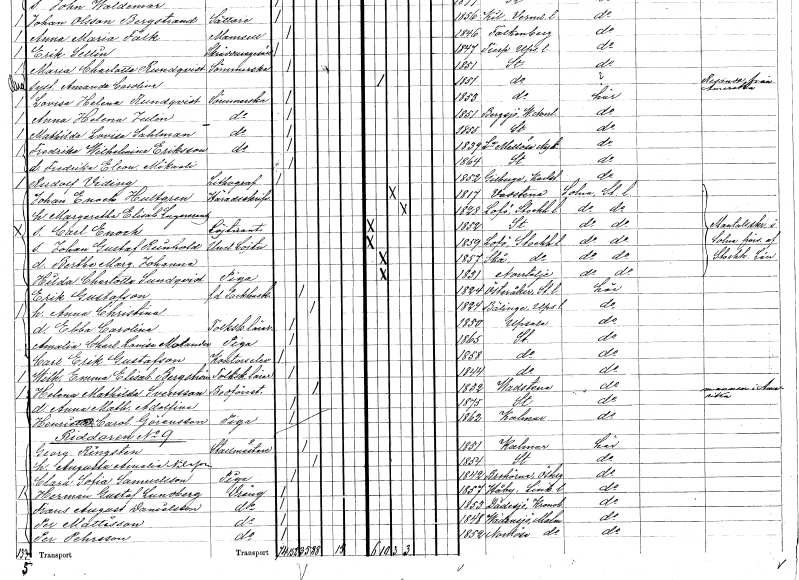
gt_parse: households: individuals: FN: Margaretha Elisabet
EN: Lagercrantz
KON: K
CIV: G
FODAR: 1828
FODFORS: Lovö Stockholms län
FN: Carl Enoch
YRKE: Löjtnant
KON: M
CIV: O
FODAR: 1852
FODFORS: Stockholm
FN: Johan Gustaf Reinhold
YRKE: Underlöjtnant
KON: M
CIV: O
FODAR: 1859
FODFORS: Lovö Stockholms län
FN: Bertha Margareta Johanna
KON: K
CIV: O
FODAR: 1857
FODFORS: Skå Stockholms län
FN: Hilda Charlotta
EN: Sundqvist
YRKE: Piga
KON: K
CIV: O
FODAR: 1831
FODFORS: Norrtälje Stockholms län
FN: Erik
EN: Gustafson
YRKE: Packhuskarl f.d.
KON: M
CIV: G
FODAR: 1824
FODFORS: Österåker Stockholms län
FN: Anna Christina
KON: K
CIV: G
FODAR: 1824
FODFORS: Bälinge Uppsala län
FN: Ebba Carolina
YRKE: Folkskolelärarinna
KON: K
CIV: O
FODAR: 1850
FODFORS: Uppsala Uppsala län
FN: Amalia Charlotta Lovisa
EN: Molander
YRKE: Piga
KON: K
CIV: O
FODAR: 1865
FODFORS: Stockholm
FN: Carl Erik
EN: Gustafson
YRKE: Kontorselev
KON: M
CIV: O
FODAR: 1858
FODFORS: Stockholm
FN: Wilhelmina Emma Elisabet
EN: Bergström
YRKE: Folkskolelärare
KON: K
CIV: O
FODAR: 1844
FODFORS: Stockholm
FN: Helena Mathilda
EN: Svensson
YRKE: Bodföreståndare
KON: K
CIV: G
FODAR: 1832
FODFORS: Vadstena Östergötlands län
FN: Anna Mathilda Adolfina
KON: K
CIV: O
FODAR: 1875
FODFORS: Stockholm
FN: Henrietta Carolina
EN: Göransson
YRKE: Piga
KON: K
CIV: O
FODAR: 1862
FODFORS: Kalmar Kalmar län
FN: Georg
EN: Ringsten
YRKE: Stallmästare
KON: M
CIV: G
FODAR: 1851
FODFORS: Kalmar Kalmar län
FN: Augusta Amalia
EN: Nilsson
KON: K
CIV: G
FODAR: 1854
FODFORS: Stockholm
FN: Clara Sofia
EN: Samuelsson
YRKE: Piga
KON: K
CIV: O
FODAR: 1842
FODFORS: Trehörna Östergötlands län
FN: Herman Gustaf
EN: Lundberg
YRKE: Dräng
KON: M
CIV: O
FODAR: 1857
FODFORS: Håby
FN: Frans August
EN: Danielsson
YRKE: Dräng
KON: M
CIV: O
FODAR: 1853
FODFORS: Dädesjö Kronobergs län
FN: Per
EN: Mattisson
YRKE: Dräng
KON: M
CIV: O
FODAR: 1848
FODFORS: Vadensjö Malmöhus län
FN: Per
EN: Pehrsson
YRKE: Dräng
KON: M
CIV: O
FODAR: 1852
FODFORS: Nordöse Malmöhus län